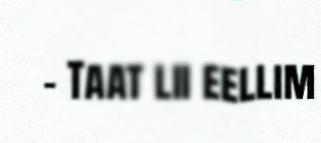
– Taat lii eellim